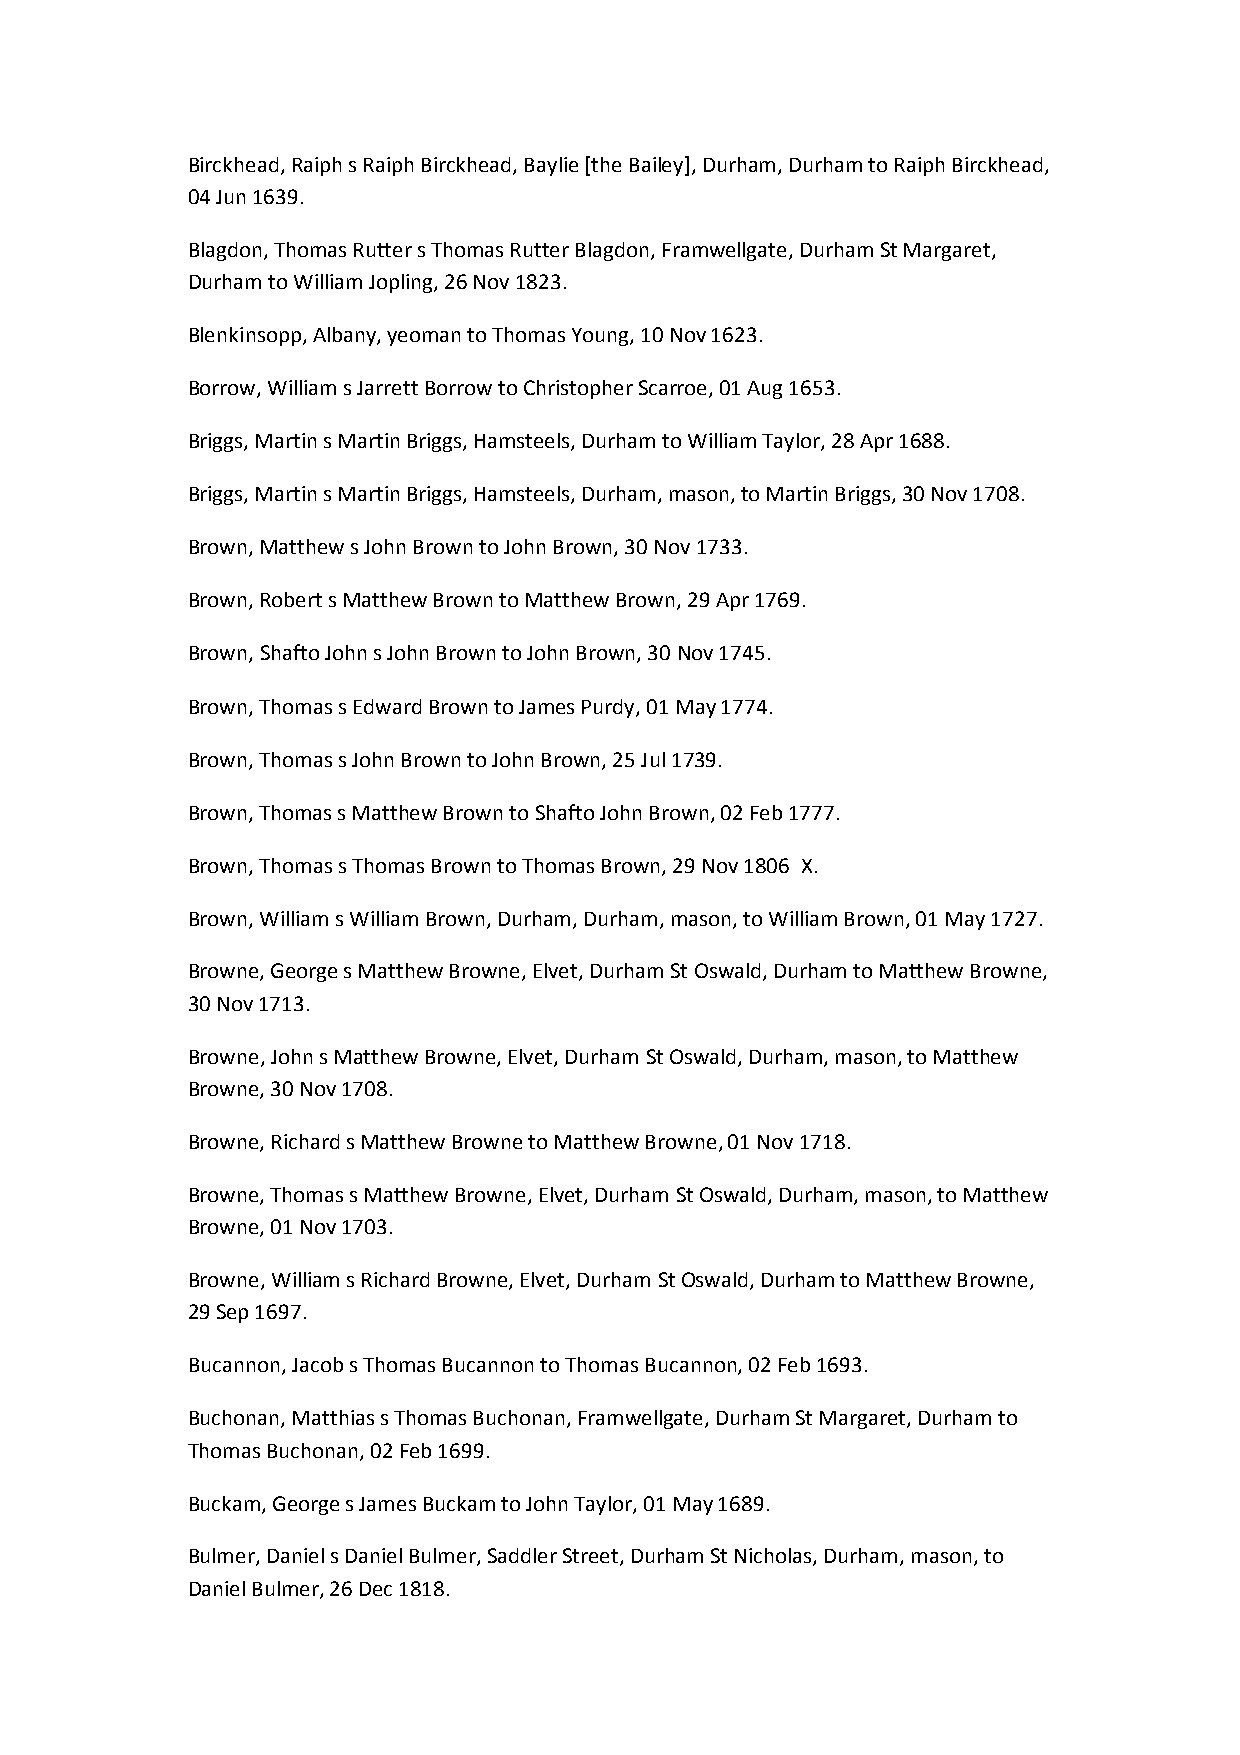
Birckhead, Raiph s Raiph Birckhead, Baylie [the Bailey], Durham, Durham to Raiph Birckhead,
 04 Jun 1639.
 Blagdon, Thomas Rutter s Thomas Rutter Blagdon, Framwellgate, Durham St Margaret,
 Durham to William Jopling, 26 Nov 1823.
 Blenkinsopp, Albany, yeoman to Thomas Young, 10 Nov 1623.
 Borrow, William s Jarrett Borrow to Christopher Scarroe, 01 Aug 1653.
 Briggs, Martin s Martin Briggs, Hamsteels, Durham to William Taylor, 28 Apr 1688.
 Briggs, Martin s Martin Briggs, Hamsteels, Durham, mason, to Martin Briggs, 30 Nov 1708.
 Brown, Matthew s John Brown to John Brown, 30 Nov 1733.
 Brown, Robert s Matthew Brown to Matthew Brown, 29 Apr 1769.
 Brown, Shafto John s John Brown to John Brown, 30 Nov 1745.
 Brown, Thomas s Edward Brown to James Purdy, 01 May 1774.
 Brown, Thomas s John Brown to John Brown, 25 Jul 1739.
 Brown, Thomas s Matthew Brown to Shafto John Brown, 02 Feb 1777.
 Brown, Thomas s Thomas Brown to Thomas Brown, 29 Nov 1806 X.
 Brown, William s William Brown, Durham, Durham, mason, to William Brown, 01 May 1727.
 Browne, George s Matthew Browne, Elvet, Durham St Oswald, Durham to Matthew Browne,
 30 Nov 1713.
 Browne, John s Matthew Browne, Elvet, Durham St Oswald, Durham, mason, to Matthew
 Browne, 30 Nov 1708.
 Browne, Richard s Matthew Browne to Matthew Browne, 01 Nov 1718.
 Browne, Thomas s Matthew Browne, Elvet, Durham St Oswald, Durham, mason, to Matthew
 Browne, 01 Nov 1703.
 Browne, William s Richard Browne, Elvet, Durham St Oswald, Durham to Matthew Browne,
 29 Sep 1697.
 Bucannon, Jacob s Thomas Bucannon to Thomas Bucannon, 02 Feb 1693.
 Buchonan, Matthias s Thomas Buchonan, Framwellgate, Durham St Margaret, Durham to
 Thomas Buchonan, 02 Feb 1699.
 Buckam, George s James Buckam to John Taylor, 01 May 1689.
 Bulmer, Daniel s Daniel Bulmer, Saddler Street, Durham St Nicholas, Durham, mason, to
 Daniel Bulmer, 26 Dec 1818.